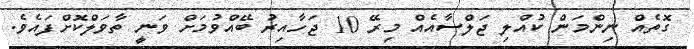
ގޮތެއް ނިންމަން ކުއްލި ޖަލްސާއެއް މިރޭ 10 ޖަހާއިރު ބޭއްވުމަށް ވަނީ ތާވަލްކޮށްފައެވެ.